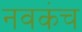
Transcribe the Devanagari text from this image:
नवकंच